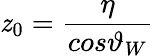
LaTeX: {\mathit z}_{0}=\frac{\eta}{cos\vartheta_{W}}